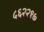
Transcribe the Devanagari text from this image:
५६२२१७